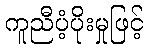
ကူညီပံ့ပိုးမှုဖြင့်